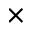
\times